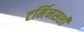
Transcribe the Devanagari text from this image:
टर्मिनसशी